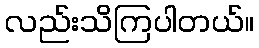
လည်းသိကြပါတယ်။